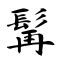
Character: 髯